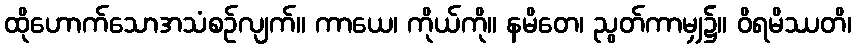
ထိုဟောက်သောအသံစဉ်လျက်။ ကာယေ၊ ကိုယ်ကို။ နမိတေ၊ ညွတ်ကာမျှ၌။ ဝိရမိဿတိ၊